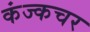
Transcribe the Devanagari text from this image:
कंज्कचर